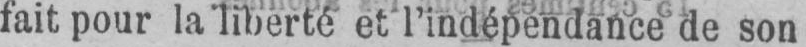
fait pour la liberté et l’indépendance de son